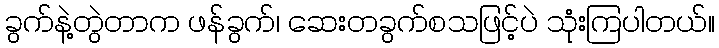
ခွက်နဲ့တွဲတာက ဖန်ခွက်၊ ဆေးတခွက်စသဖြင့်ပဲ သုံးကြပါတယ်။